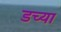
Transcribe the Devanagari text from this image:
डच्या